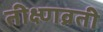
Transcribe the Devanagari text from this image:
तीक्ष्णव्रती